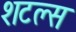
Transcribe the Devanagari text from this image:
शटल्स